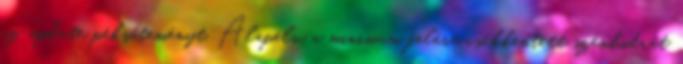
az update péksüteményt. Alapelv a minimum felére csökkentett szénhidrát